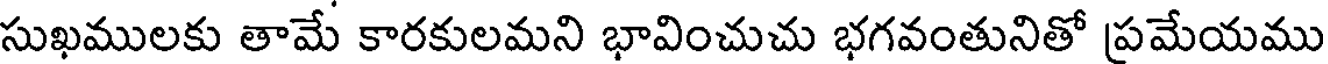
సుఖములకు తామే కారకులమని భావించుచు భగవంతునితో ప్రమేయము